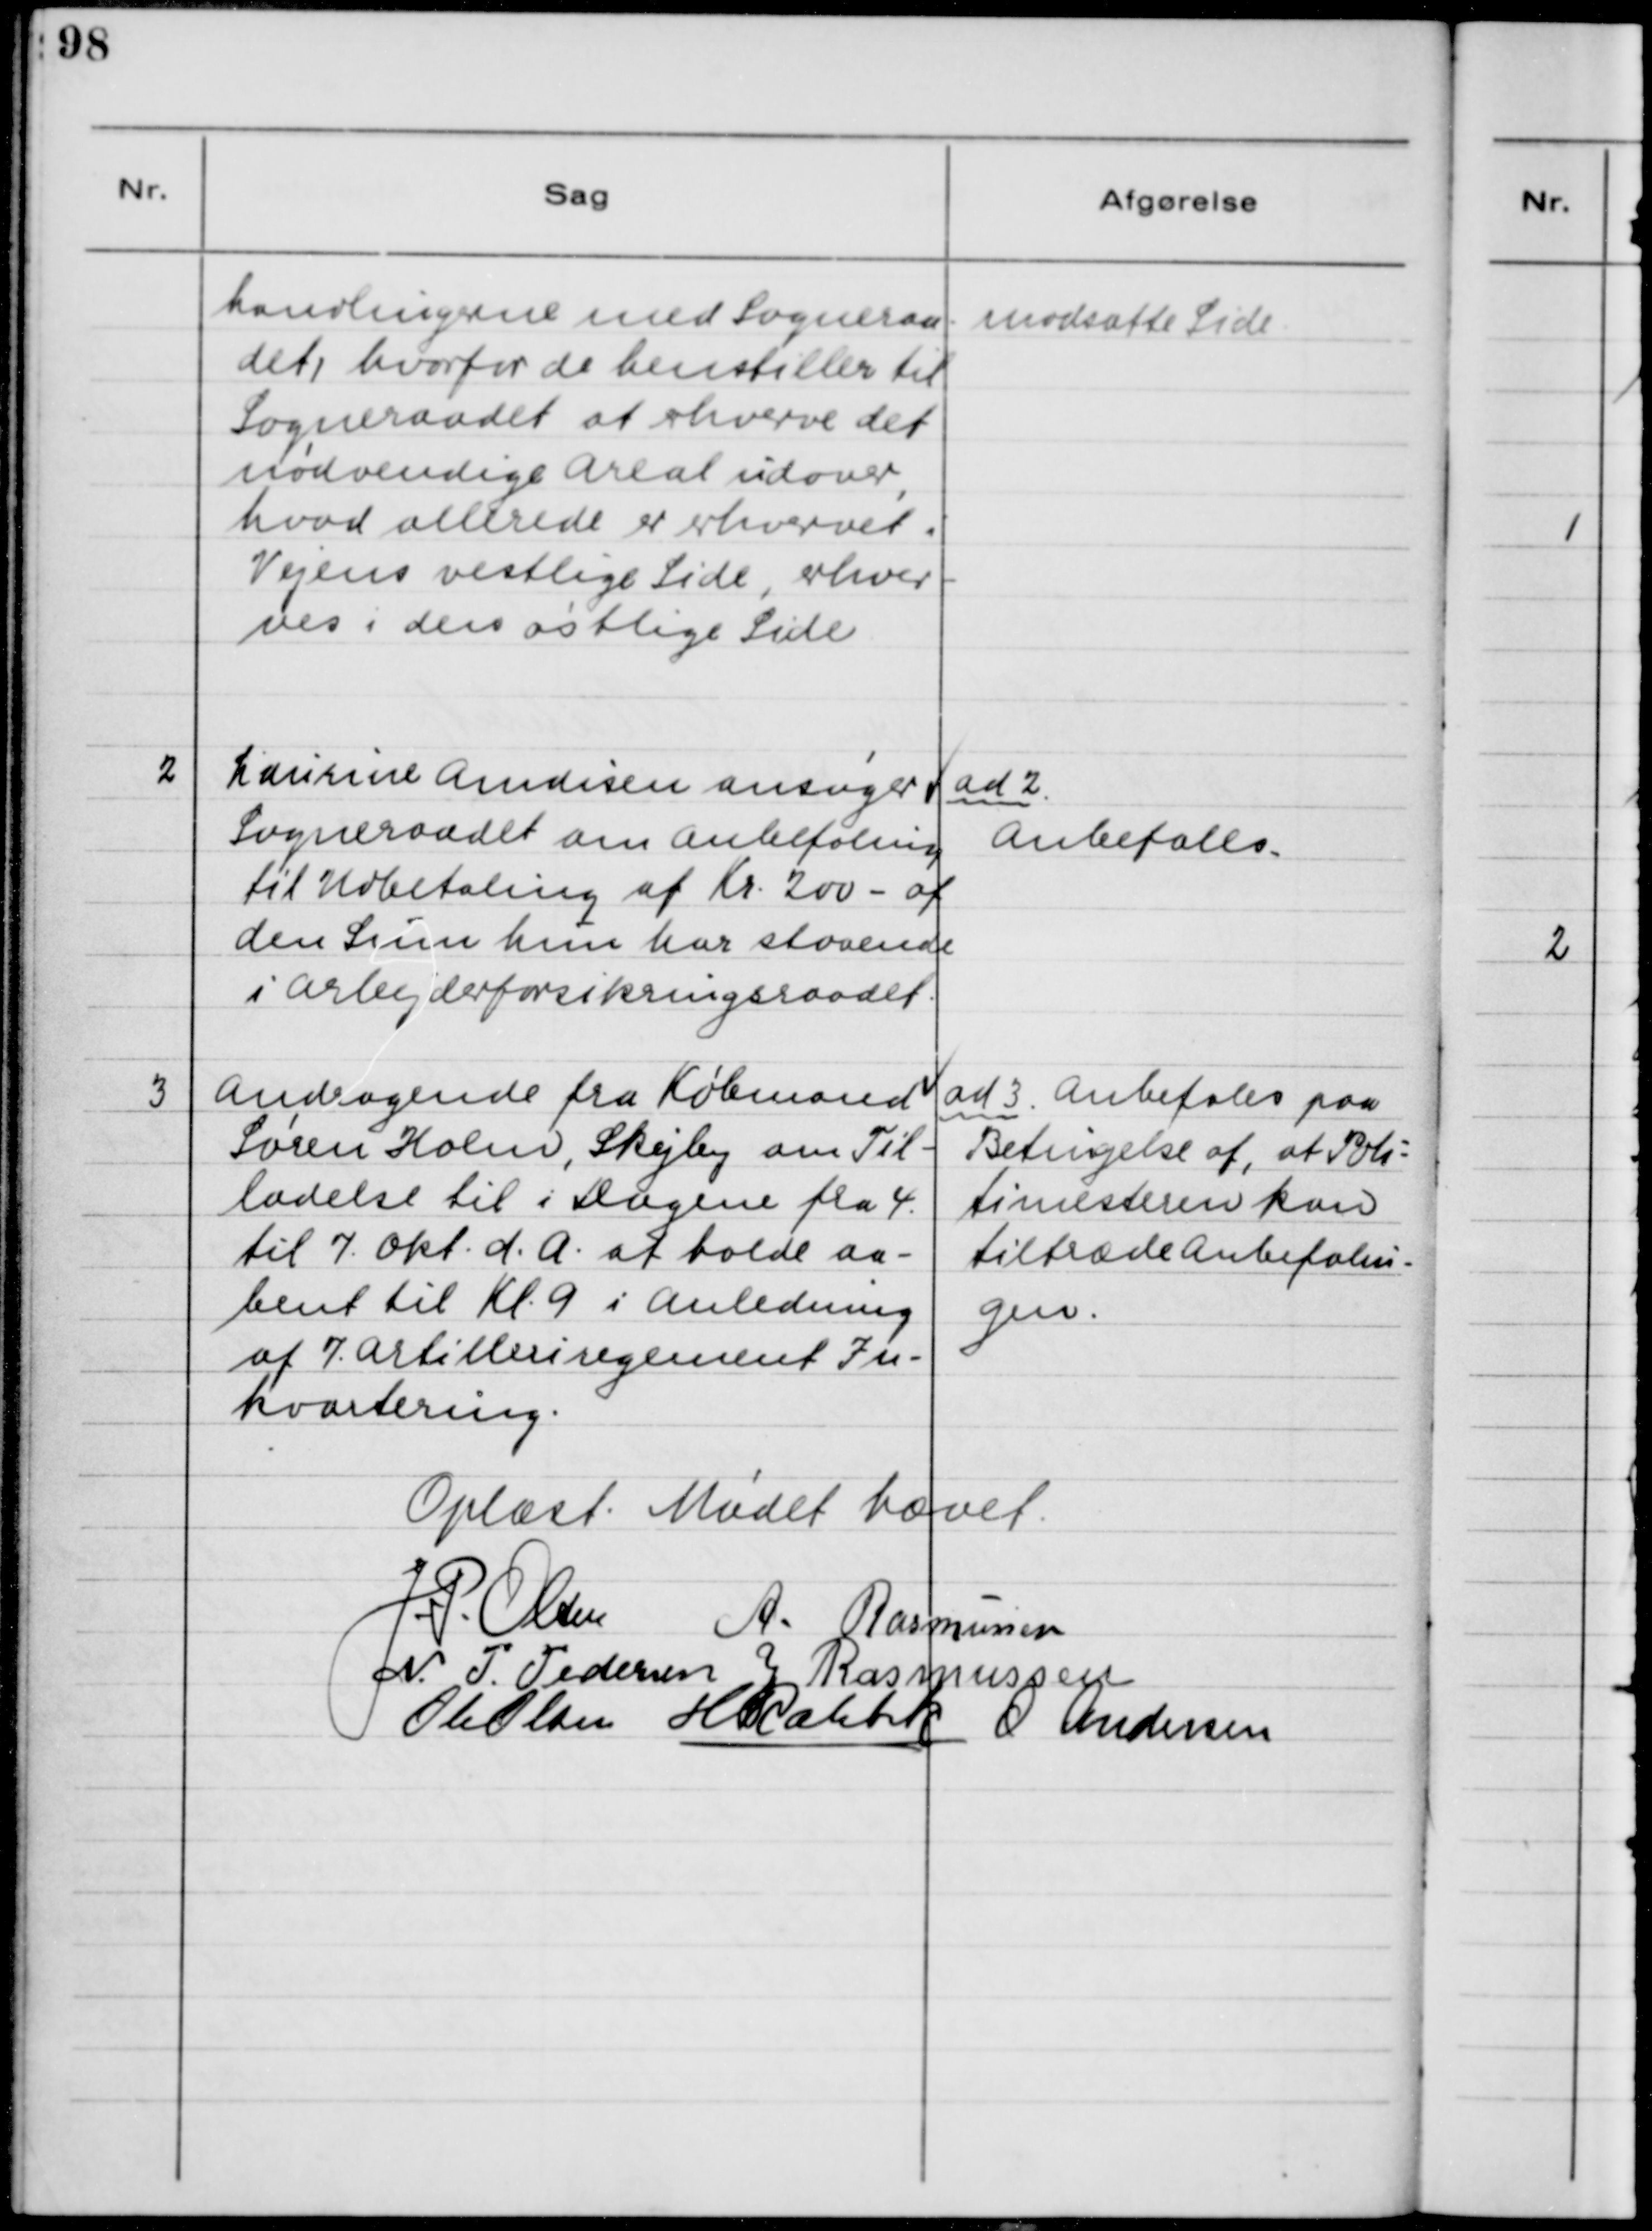
Transskription:
handlingerne med Sogneraa-
det, hvorfor de henstiller til
Sogneraadet at erhverve det
nødvendige Areal udover,
hvad allerede er erhvervet i
Vejens vestlige Side, erhver-
ves i den østlige Side.

modsatte Side.

2

Laurine Andersen ansøger 
Sogneraadet om Anbefaling 
til Udbetaling af Kr. 200 - af
den Sum hun har staaende
i Arbejderforsikringsraadet.

ad 2
Anbefales

3

Andragende fra Købmand 
Søren Holm, Skejby om Til-
ladelse til i Dagene fra 4.
til 7. Okt. d.A. at holde aa-
bent til Kl. 9 i Anledning 
af 7. Artelleriregement In-
kvartering.

ad 3. Anbefales paa
Betingelse af, at Poli-
timesteren kan
tiltræde Anbefalin-
gen.

Oplæst. Mødet hævet.